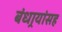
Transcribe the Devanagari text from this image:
बंधार्‍यांसह